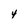
Character: 4